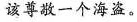
该尊敬一个海盗。